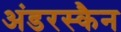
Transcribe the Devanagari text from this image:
अंडरस्कैन